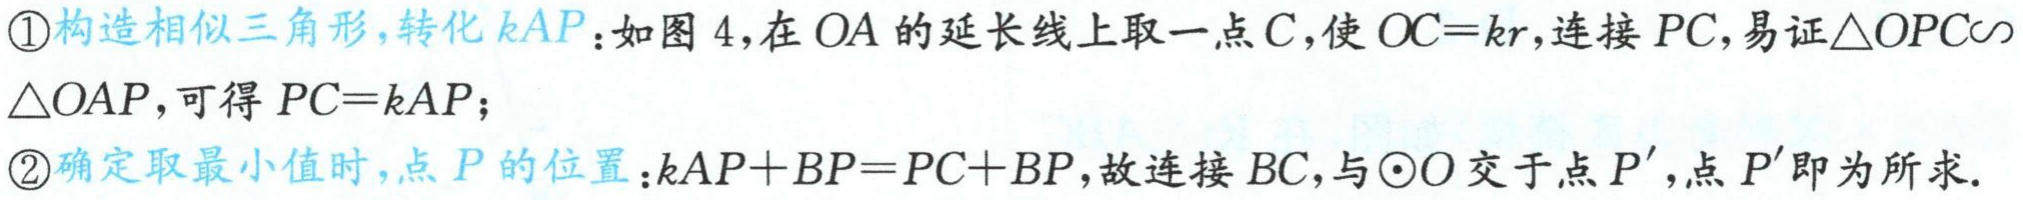
\textcircled{1}构造相似三角形，转化\(kAP\)：如图4，在\(OA\)的延长线上取一点\(C\)，使\(OC = kr\)，连接\(PC\)，易证\(\triangle OPC\sim\triangle OAP\)，可得\(PC = kAP\)；

\textcircled{2}确定取最小值时，点\(P\)的位置：\(kAP + BP=PC + BP\)，故连接\(BC\)，与\(\odot O\)交于点\(P'\)，点\(P'\)即为所求.